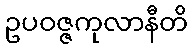
ဥပဝဇ္ဇကုလာနီတိ